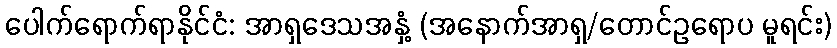
ပေါက်ရောက်ရာနိုင်ငံ: အာရှဒေသအနှံ့ (အနောက်အာရှ/တောင်ဥရောပ မူရင်း)